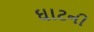
ઘાટની